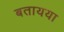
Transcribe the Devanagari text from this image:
बतायया